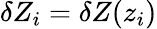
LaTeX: \delta Z_{i}=\delta Z(z_{i})